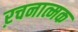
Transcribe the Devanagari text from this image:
ऱचनात्मक